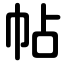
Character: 帖